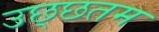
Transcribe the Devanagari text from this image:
उछ्छतम